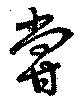
甞